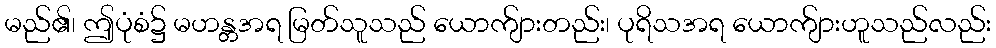
မည်၏၊ ဤပုံစံ၌ မဟန္တအရ မြတ်သူသည် ယောက်ျားတည်း၊ ပုရိသအရ ယောက်ျားဟူသည်လည်း